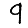
Digit: 9